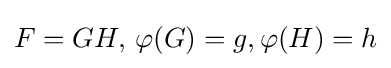
F=GH,\,\varphi (G)=g,\varphi (H)=h